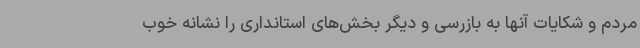
مردم و شکایات آنها به بازرسی و دیگر بخش‌های استانداری را نشانه خوب